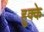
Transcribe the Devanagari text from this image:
हुक्‍के